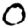
Digit: 0